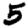
Digit: 5